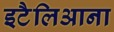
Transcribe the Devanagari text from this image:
इटैलिआना